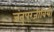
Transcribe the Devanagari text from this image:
जंतुपरजीवियों